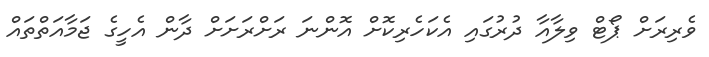
ވެރިރަށް ޕޯޓް ވިލާއާ ދުރުގައި އެކަހެރިކޮށް އޮންނަ ރަށްރަށަށް ދާން އެހީގެ ޖަމާއަތްތައް